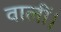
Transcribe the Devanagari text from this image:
वालीं।